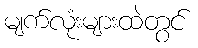
မျက်လုံးများထဲတွင်